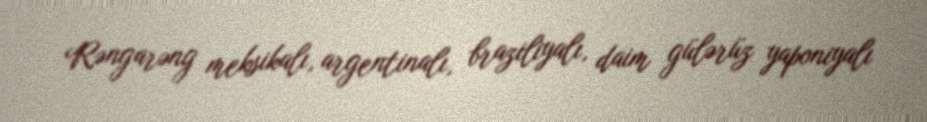
Rəngarəng meksikalı, argentinalı, braziliyalı, daim gülərüz yaponiyalı